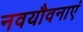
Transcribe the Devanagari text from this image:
नवयौवनाएं